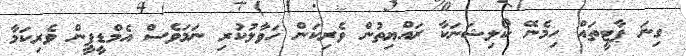
ގިނަ ޕާޓީތައް ހިމެނޭ ކޯލިޝަނަކާ ރައްޔިތުން ވެރިކަން ހަވާލުކުރި ނަމަވެސް އެމްޑީޕީން ވެރިކަމާ